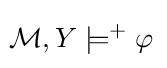
\!{\mathcal {M}},Y\models ^{+}\varphi